Problem: 30 + 43 = ?
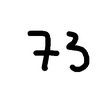
Handwritten answer: 73